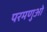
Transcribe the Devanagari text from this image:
परमणुओ